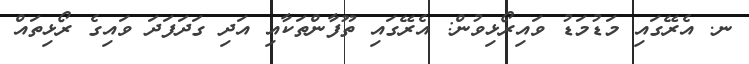
ނ. އެރޭގައި މަޑުމަޑު ވައިރޯޅިވުން: އެރޭގައި ތޫފާންތަކާއި އަދި ގަދަފަދަ ވައިގެ ރޯޅިތައް